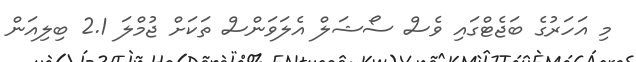
މި އަހަރުގެ ބަޖެޓްގައި ވެސް ސޯޝަލް އެލަވަންސް ތަކަށް ޖުމްލަ 2.1 ބިލިއަން